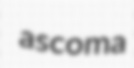
ascoma